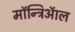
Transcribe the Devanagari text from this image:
मॉन्ट्रिऑल